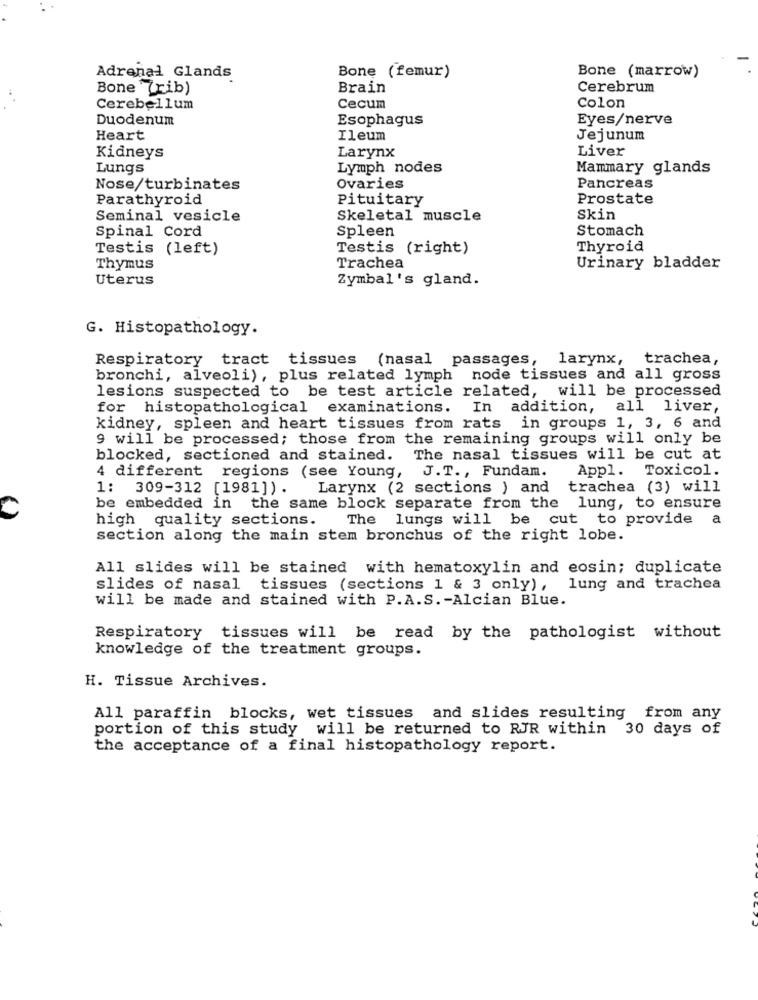
Bone (marrow)
Adrenal Glands
Bone (femur)
Bone (rib)
Brain
Cerebrum
Cerebellum
Cecum
Colon
Duodenum
Esophagus
Eyes/nerve
Heart
Ileum
Jejunum
Liver
Kidneys
Larynx
Lungs
Lymph nodes
Mammary glands
Nose/turbinates
Ovaries
Pancreas
Parathyroid
Pituitary
Prostate
Seminal vesicle
Skeletal muscle
Skin
Spinal Cord
Spleen
Stomach
Testis (left)
Testis (right)
Thyroid
Thymus
Trachea
Urinary bladder
Uterus
Zymbal's gland.
G. Histopathology.
Respiratory tract tissues (nasal passages, larynx, trachea,
bronchi, alveoli), plus related lymph node tissues and all gross
lesions suspected to be test article related, will be processed
for histopathological examinations. In addition, all liver,
kidney, spleen and heart tissues from rats in groups 1, 3, 6 and
9 will be processed; those from the remaining groups will only be
blocked, sectioned and stained. The nasal tissues will be cut at
Appl. Toxicol.
4 different regions (see Young, J.T ., Fundam.
1: 309-312 [1981]).
Larynx (2 sections ) and
trachea (3) will
be embedded in the same block separate from the lung, to ensure
high quality sections.
The lungs will be cut to provide a
section along the main stem bronchus of the right lobe.
All slides will be stained with hematoxylin and eosin; duplicate
slides of nasal tissues (sections 1 & 3 only), lung and trachea
will be made and stained with P.A.S. - Alcian Blue.
Respiratory tissues will be read by the pathologist without
knowledge of the treatment groups.
H. Tissue Archives.
All paraffin blocks, wet tissues and slides resulting from any
portion of this study will be returned to RJR within 30 days of
the acceptance of a final histopathology report.